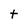
Character: T